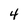
Character: 4